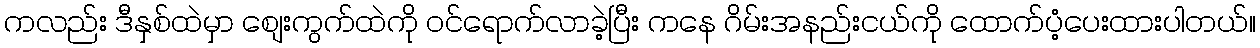
ကလည်း ဒီနှစ်ထဲမှာ စျေးကွက်ထဲကို ဝင်ရောက်လာခဲ့ပြီး ကနေ ဂိမ်းအနည်းငယ်ကို ထောက်ပံ့ပေးထားပါတယ်။